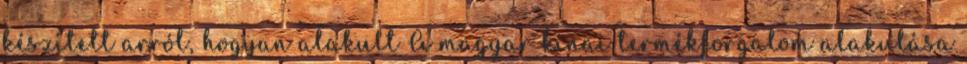
készített arról, hogyan alakult A magyar kínai termékforgalom alakulása